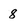
Character: 8